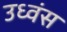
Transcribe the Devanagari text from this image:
उध्वंस